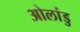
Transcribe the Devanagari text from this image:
ओलांडु